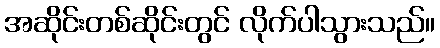
အဆိုင်းတစ်ဆိုင်းတွင် လိုက်ပါသွားသည်။